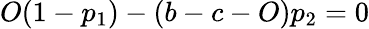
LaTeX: O(1-p_{1})-(b-c-O)p_{2}=0